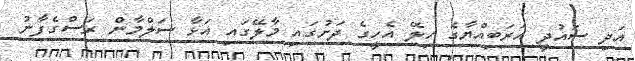
އަދި ސައުދީ އަރަބިއްޔާގެ ހިލޭ އެހީގެ ދަށުގައި މާލޭގައި އަޅާ ސަލްމާން ރަސްގެފާނު